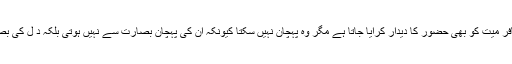
۱۱؎ معلوم ہوا کہ کافر میت کو بھی حضور کا دیدار کرایا جاتا ہے مگر وہ پہچان نہیں سکتا کیونکہ ان کی پہچان بصارت سے نہیں ہوتی بلکہ د ل کی بصیرت سے ہوتی ہے۔